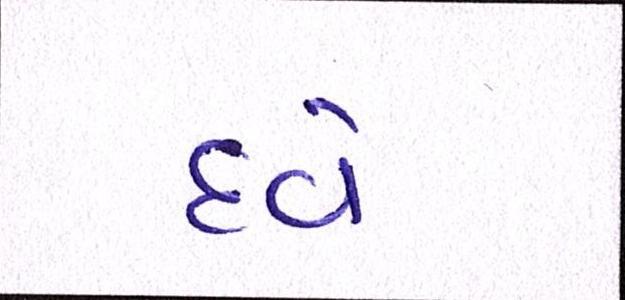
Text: દવે